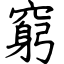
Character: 窮